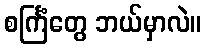
စင်္ကြံတွေ ဘယ်မှာလဲ။